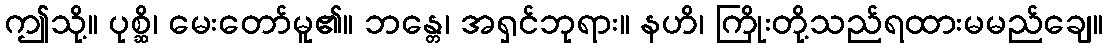
ဤသို့။ ပုစ္ဆိ၊ မေးတော်မူ၏။ ဘန္တေ၊ အရှင်ဘုရား။ နဟိ၊ ကြိုးတို့သည်ရထားမမည်ချေ။